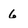
Character: 6